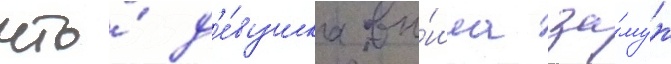
что́ д'е́вушка вы́шла за́муж